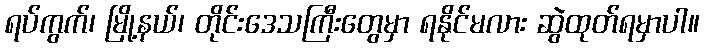
ရပ်ကွက်၊ မြို့နယ်၊ တိုင်းဒေသကြီးတွေမှာ ရနိုင်မလား ဆွဲထုတ်ရမှာပါ။